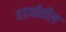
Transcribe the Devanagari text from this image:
हडकोतील